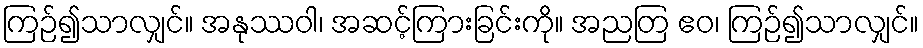
ကြဉ်၍သာလျှင်။ အနုဿဝါ၊ အဆင့်ကြားခြင်းကို။ အညတြ ဧဝ၊ ကြဉ်၍သာလျှင်။